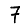
Digit: 7